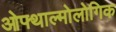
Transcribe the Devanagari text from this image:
ओफ्थाल्मोलोगिक